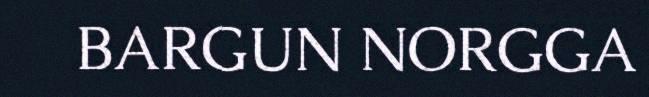
BARGUN NORGGA